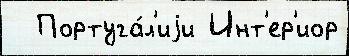
  Португа́л'иjи Инт'ер'иор